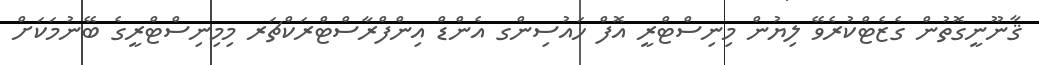
ޤާނޫނީގޮތުން ގެޒެޓްކުރެވޭ ލިޔުން މިނިސްޓްރީ އޮފް ހައުސިންގ އެންޑް އިންފްރާސްޓްރަކްޗަރ މިމިނިސްޓްރީގެ ބޭނުމަކަށް